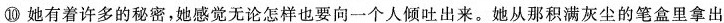
⑩她有着许多的秘密，她感觉无论怎样也要向一个人倾吐出来。她从那积满灰尘的笔盒里拿出